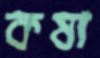
কষা